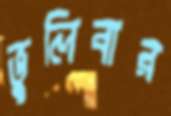
ভুলিবার